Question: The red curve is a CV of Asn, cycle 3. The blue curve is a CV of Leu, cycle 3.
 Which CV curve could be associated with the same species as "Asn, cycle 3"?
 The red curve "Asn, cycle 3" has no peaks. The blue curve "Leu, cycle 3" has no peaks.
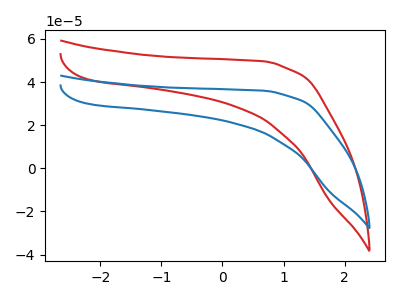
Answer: <think>Neither "Asn, cycle 3" or "Leu, cycle 3" have any peaks.
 </think>
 <answer>The CV with the most similar shape to "Leu, cycle 3" is "Asn, cycle 3".</answer>
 <eval>"Asn, cycle 3"</eval>